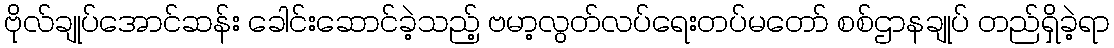
ဗိုလ်ချုပ်အောင်ဆန်း ခေါင်းဆောင်ခဲ့သည့် ဗမာ့လွတ်လပ်ရေးတပ်မတော် စစ်ဌာနချုပ် တည်ရှိခဲ့ရာ